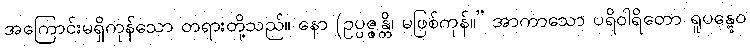
အကြောင်းမရှိကုန်သော တရားတို့သည်။ နော (ဥပ္ပဇ္ဇန္တိ၊ မဖြစ်ကုန်။” အာကာသော ပရိဝါရိတော ရူပန္တွေဝ